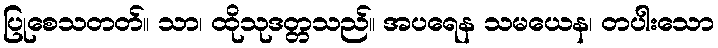
ပြုစေသတတ်။ သာ၊ ထိုသုဒတ္တသည်။ အပရေန သမယေန၊ တပါးသော